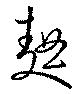
麹